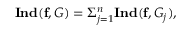
\mathbf { I n d } ( \mathbf { f } , G ) = \Sigma _ { j = 1 } ^ { n } \mathbf { I n d } ( \mathbf { f } , G _ { j } ) ,